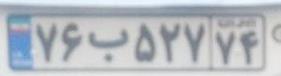
۷۶ب۵۲۷۷۴